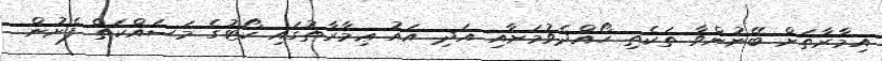
އިމާރާތަށް ބޭނުންވާ ތަކެތި ހޯއްދެވުމަށާއި އަދި އައު ޢިމާރާތުގައި ކޯޓުގެ މަސައްކަތް ފެށުން